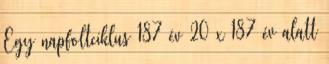
Egy napfoltciklus 187 év 20 x 187 év alatt